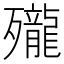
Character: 𪚗